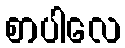
စာပါလေ